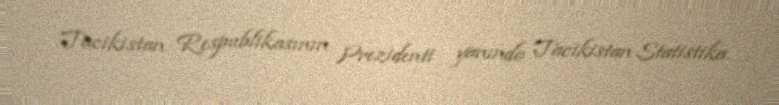
Tacikistan Respublikasının Prezidenti yanında Tacikistan Statistika